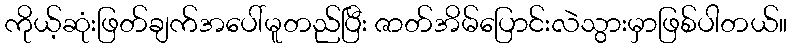
ကိုယ့်ဆုံးဖြတ်ချက်အပေါ်မူတည်ပြီး ဇာတ်အိမ်ပြောင်းလဲသွားမှာဖြစ်ပါတယ်။